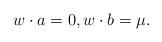
LaTeX: \begin{align*} w \cdot a=0, w \cdot b=\mu. \end{align*}